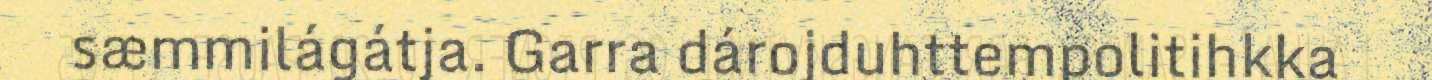
sæmmilágátja. Garra dárojduhttempolitihkka